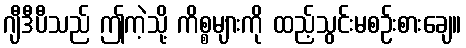
ဂျီဒီပီသည် ဤကဲ့သို့ ကိစ္စများကို ထည့်သွင်းမစဉ်းစားချေ။